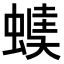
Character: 𧏂